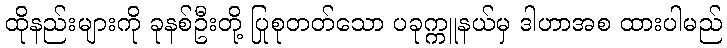
ထိုနည်းများကို ခုနစ်ဦးတို့ ပြုစုတတ်သော ပခုက္ကူနယ်မှ ဒါဟာအစ ထားပါမည်